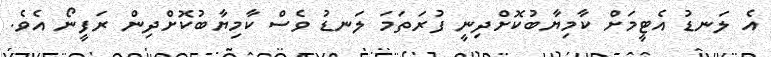
އެ ލަނޑު އެޓީމަށް ކާމިޔާބުކޮށްދިނީ ފުރަތަމަ ލަނޑު ވެސް ކާމިޔާބުކޮށްދިން ރަފީނޯ އެވެ.